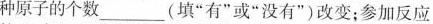
种原子的个数 ___ ( 填 ” 有 ” 或 ” 没有 ” ) 改变；参加反应